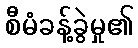
စီမံခန့်ခွဲမှု၏